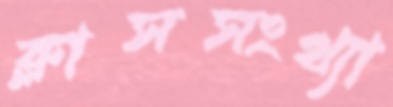
ক্লাসসংখ্যা